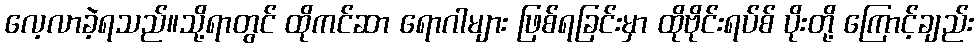
လေ့လာခဲ့ရသည်။သို့ရာတွင် ထိုကင်ဆာ ရောဂါများ ဖြစ်ရခြင်းမှာ ထိုဗိုင်းရပ်စ် ပိုးတို့ ကြောင့်ချည်း